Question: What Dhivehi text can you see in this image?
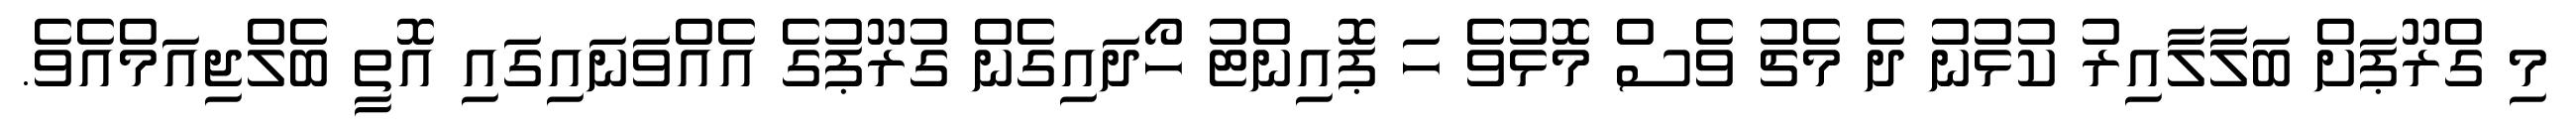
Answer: މި ގްރޫޕަށް ބަލާލާއިރު ކުޅުނު ދެ މެޗު ވެސް މޮޅުވެ ހަ ޕޮއިންޓު ހޯދައިގެން ގުރޫޕުގެ އެއްވަނައިގައި އޮތީ ބެލްޖިއަމްއެވެ.